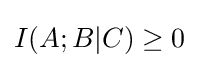
I(A;B|C)\geq 0